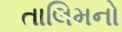
તાલિમનો